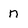
Character: n